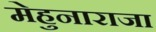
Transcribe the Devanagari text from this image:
मेहुनाराजा